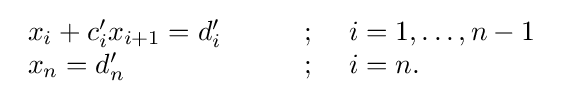
{\begin{array}{lcl}x_{i}+c'_{i}x_{i+1}=d'_{i}\qquad &;&\ i=1,\ldots ,n-1\\x_{n}=d'_{n}\qquad &;&\ i=n.\\\end{array}}